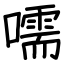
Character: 嚅